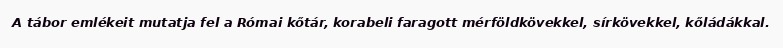
A tábor emlékeit mutatja fel a Római kőtár, korabeli faragott mérföldkövekkel, sírkövekkel, kőládákkal.